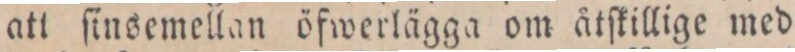
att ſinsemellan öfwerlägga om åtſkillige med